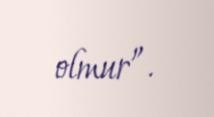
olmur”.